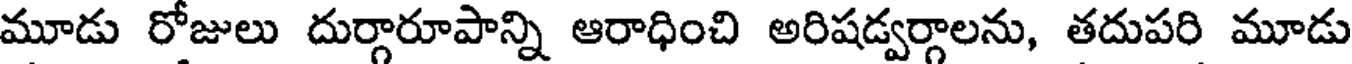
మూడు రోజులు దుర్గారూపాన్ని ఆరాధించి అరిషడ్వర్గాలను, తదుపరి మూడు